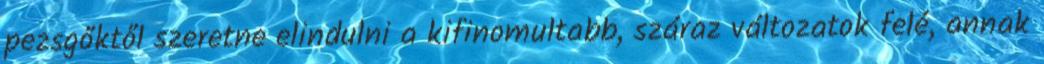
pezsgőktől szeretne elindulni a kifinomultabb, száraz változatok felé, annak